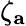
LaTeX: \zeta_{\mathbf{a}}